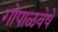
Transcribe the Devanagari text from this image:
गोपाळवेषें